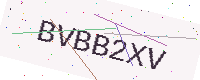
Text: BVBB2XV